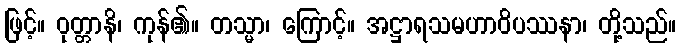
ဖြင့်။ ဝုတ္တာနိ၊ ကုန်၏။ တသ္မာ၊ ကြောင့်။ အဋ္ဌာရသမဟာဝိပဿနာ၊ တို့သည်။